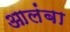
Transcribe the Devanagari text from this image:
आलंबा